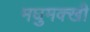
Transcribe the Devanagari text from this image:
मघुमक्खी